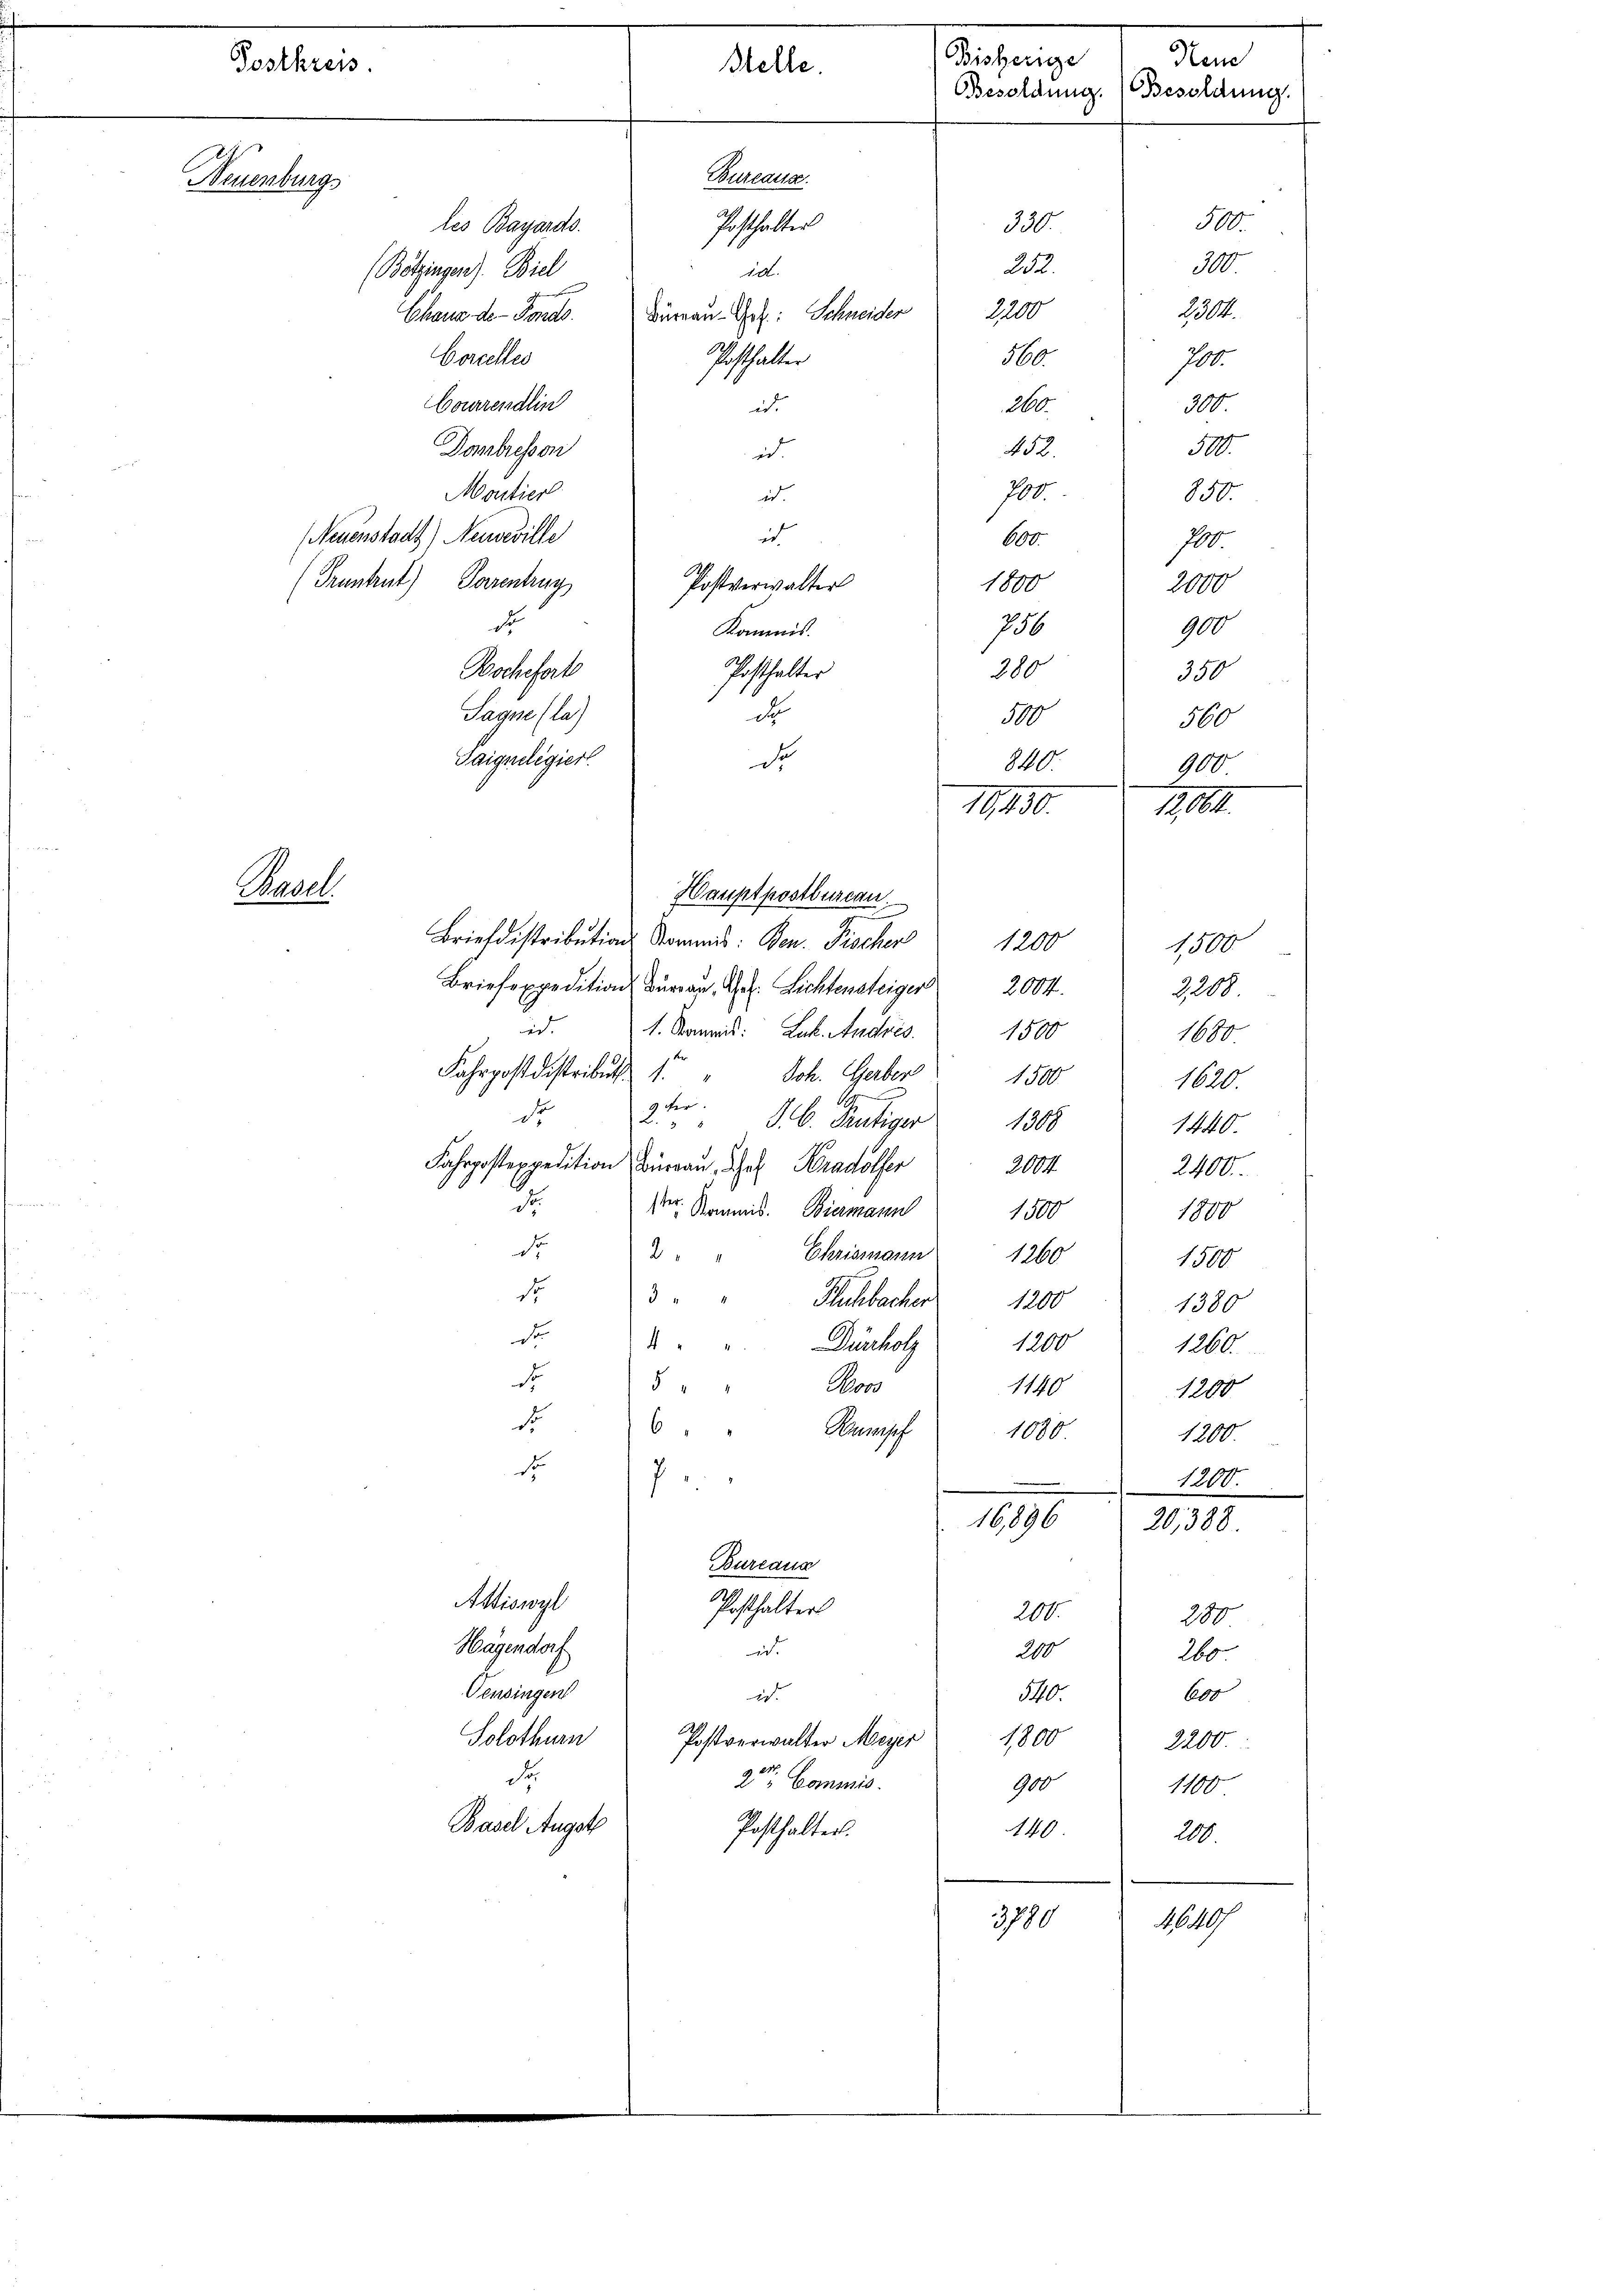
Montier
(Neuenstadt) Neuveville
Pruntrut) Parentrug
d
Kommis.
Bochefert
Posthalter
Sagne (la)
d
Gaignelegiert.
de
Hauptpostbureau
Briefdistributions Normis: Ben. Fischer 1200
Briefexpedition Burgau. Dr. Lichtensteiger 2004.
edt
1. Kommit: Lak. Andres. 1500
Fahrpostdistribut 1
Joh. Gerber 1500
9 der
de
B.
J. C. Frutiger 1308
Fahrpostexpedition Büreau, Joh. Hradolfer
2004
d
Dr. Kommis. Biermann
1500
de
Ehrismann
2
1260
d
3
Fluchbacher
1200
d
4
Dürholz
1200
4
Con
1140
d
Ranseh
1080
st
16,896
Bureaus
Attiswyl
Posthalter
200.
Hagendorf
i.
200
Pensingen
e
540
Solothurn Postverwalter Meyer 1800
Fo
2. Commis
900
Basel Augst
140
Posthalter.
3780
.

Postkreis
Neuenburg,
les Bayards
(Betzingen). Biel
Chaus der Fonds.
Corcelles
baarendlin
Dombressen

Tadel.

Stelle.

9200
i.
id
i
in
600

Bureause.
Posthalter
10.
Büreau-Got: Schneider
Posthalter

Postverwalter

Bisherige
Hei
Besoldung. Besoldung

500
330.
300
252.
1114.
560
700.
300
2
5
452.
790
850.
10
1800
2000
736
900
280
350
30
500
840.
900

1830.

1,500
3200
1680
1620
1440
2400.
1800
1500
1380
1260.
1200
1200
1200

280
260
600
2200
1100
200.

100.

20,388

46. 107